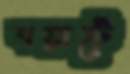
বয়াটে